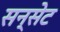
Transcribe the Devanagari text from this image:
सन्सेट